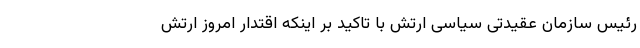
رئیس سازمان عقیدتی سیاسی ارتش با تاکید بر اینکه اقتدار امروز ارتش